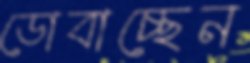
ডোবাচ্ছেন